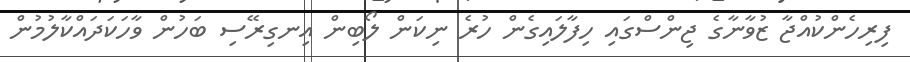
ފިރިހެންކުއްޖާ ޒުވާނާގެ ޖިންސްގައި ހިފާލައިގެން ހުރެ ނިކަން ލޯބިން އިނގިރޭސި ބަހުން ވާހަކަދައްކާލުމުން